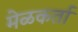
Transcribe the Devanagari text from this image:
मेळकर्ता